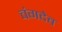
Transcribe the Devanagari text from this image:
चंगदेव